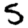
Digit: 5